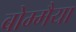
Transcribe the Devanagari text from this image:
बोम्मैया